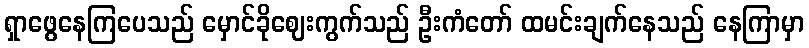
ရှာဖွေနေကြပေသည် မှောင်ခိုဈေးကွက်သည် ဦးကံတော် ထမင်းချက်နေသည် နေကြာမှာ